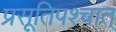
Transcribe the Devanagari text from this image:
प्रसूतिपश्चात्